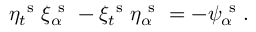
\eta _ { t } ^ { \mathrm { ~ s ~ } } \xi _ { \alpha } ^ { \mathrm { ~ s ~ } } - \xi _ { t } ^ { \mathrm { ~ s ~ } } \eta _ { \alpha } ^ { \mathrm { ~ s ~ } } = - \psi _ { \alpha } ^ { \mathrm { ~ s ~ } } .